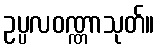
ဥပ္ပလဝဏ္ဏာသုတ်။